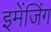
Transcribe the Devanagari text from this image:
इमेंजिंग